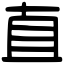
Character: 直